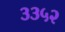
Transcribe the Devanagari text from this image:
३३५२